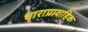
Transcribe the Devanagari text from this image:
धाराप्रावाहिक